Madras plague regulations and rules - Volume 1
Disease focus: Plague
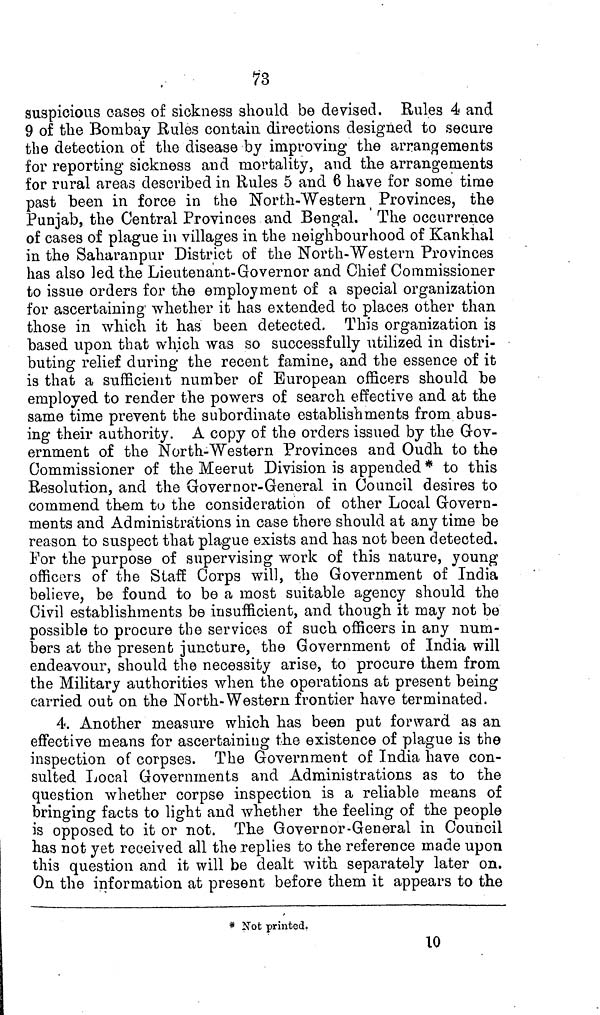
73
suspicious cases of sickness should be devised. Rules 4 and
9 of the Bombay Rules contain directions designed to secure
the detection of the disease by improving the arrangements
for reporting sickness and mortality, and the arrangements
for rural areas described in Rules 5 and 6 have for some time
past been in force in the North-Western Provinces, the
Punjab, the Central Provinces and Bengal. The occurrence
of cases of plague in villages in the neighbourhood of Kankhal
in the Saharanpur District of the North-Western Provinces
has also led the Lieutenant-Governor and Chief Commissioner
to issue orders for the employment of a special organization
for ascertaining whether it has extended to places other than
those in which it has been detected. This organization is
based upon that which was so successfully utilized in distri-
buting relief during the recent famine, and the essence of it
is that a sufficient number of European officers should be
employed to render the powers of search effective and at the
same time prevent the subordinate establishments from abus-
ing their authority. A copy of the orders issued by the Gov-
ernment of the North-Western Provinces and Oudh to the
Commissioner of the Meerut Division is appended * to this
Resolution, and the Governor-General in Council desires to
commend them to the consideration of other Local Govern-
ments and Administrations in case there should at any time be
reason to suspect that plague exists and has not been detected.
For the purpose of supervising work of this nature, young
officers of the Staff Corps will, the Government of India
believe, be found to be a most suitable agency should the
Civil establishments be insufficient, and though it may not be
possible to procure the services of such officers in any num-
bers at the present juncture, the Government of India will
endeavour, should the necessity arise, to procure them from
the Military authorities when the operations at present being
carried out on the North-Western frontier have terminated.
4. Another measure which has been put forward as an
effective means for ascertaining the existence of plague is the
inspection of corpses. The Government of India have con-
sulted Local Governments and Administrations as to the
question whether corpse inspection is a reliable means of
bringing facts to light and whether the feeling of the people
is opposed to it or not. The Governor-General in Council
has not yet received all the replies to the reference made upon
this question and it will be dealt with, separately later on.
On the information at present before them it appears to the
* Not printed.
10